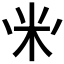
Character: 𱸳